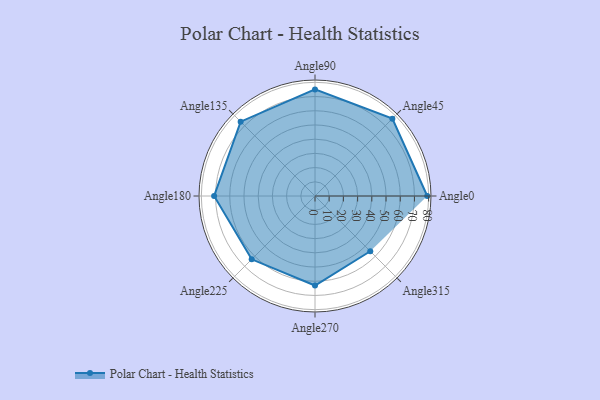
{"axis": {"x": "Angle", "y": "Radius"}, "legend": [""], "data": [{"x": "Angle0", "y": 79.0, "type": ""}, {"x": "Angle45", "y": 77.0, "type": ""}, {"x": "Angle90", "y": 75.0, "type": ""}, {"x": "Angle135", "y": 74.0, "type": ""}, {"x": "Angle180", "y": 71.0, "type": ""}, {"x": "Angle225", "y": 63.0, "type": ""}, {"x": "Angle270", "y": 63.0, "type": ""}, {"x": "Angle315", "y": 55.0, "type": ""}]}